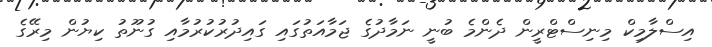
އިސްލާމިކް މިނިސްޓްރީން ދެންމެ ބުނީ ނަމާދުގެ ޖަމާއަތުގައި ގައިދުރުކުރުމާއި ގުނޫތު ކިޔުން މިރޭގެ